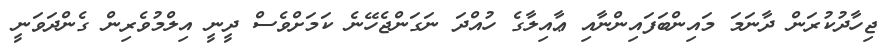
ޖިހާދުކުރަން ދާނަމަ މައިންބަފައިންނާއި ޢާއިލާގެ ހުއްދަ ނަގަންޖެހޭނެ ކަމަށްވެސް ދީނީ އިލްމުވެރިން ގެންދަވަނީ